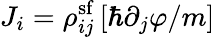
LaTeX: J_{i}=\rho_{ij}^{\mathrm{sf}}\left[\hbar\partial_{j}\varphi/m\right]